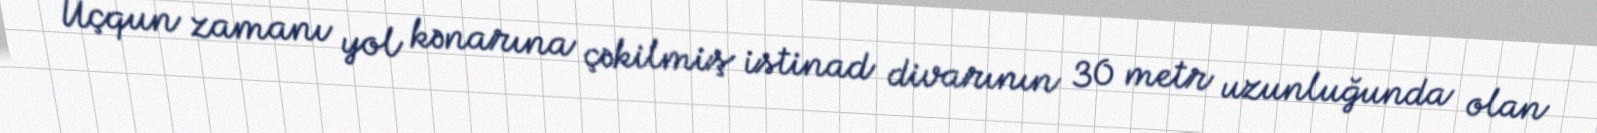
Uçqun zamanı yol kənarına çəkilmiş istinad divarının 30 metr uzunluğunda olan